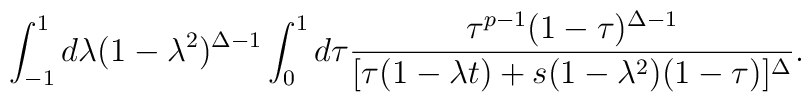
\int_{-1}^{1}d\lambda (1-\lambda^{2})^{\Delta-1}\int_{0}^{1}d\tau\frac{\tau^{p-1}(1-\tau)^{\Delta-1}}{[\tau(1-\lambda t)+s(1-\lambda^2)(1-\tau)]^{\Delta}}.